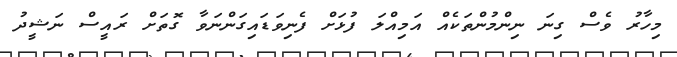
މިހާރު ވެސް ގިނަ ނިންމުންތަކެއް އަމިއްލަ ފުޅަށް ފެނިވަޑައިގަންނަވާ ގޮތަށް ރައީސް ނަޝީދު